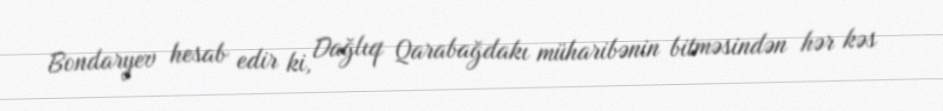
Bondaryev hesab edir ki, Dağlıq Qarabağdakı müharibənin bitməsindən hər kəs